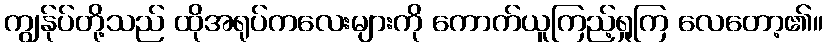
ကျွန်ုပ်တို့သည် ထိုအရုပ်ကလေးများကို ကောက်ယူကြည့်ရှုကြ လေတော့၏။